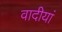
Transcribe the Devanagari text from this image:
वादीयां